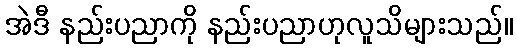
အဲဒီ နည်းပညာကို နည်းပညာဟုလူသိများသည်။